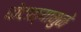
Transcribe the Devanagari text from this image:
घोटाळ्यामुळे